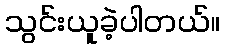
သွင်းယူခဲ့ပါတယ်။